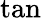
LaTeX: \tan